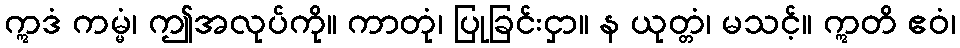
ဣဒံ ကမ္မံ၊ ဤအလုပ်ကို။ ကာတုံ၊ ပြုခြင်းငှာ။ န ယုတ္တံ၊ မသင့်။ ဣတိ ဧဝံ၊